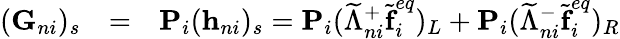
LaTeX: \begin{array}{r}{\begin{array}{lcl}{(\textbf{G}_{ni})_{s}}&{=}&{\textbf{P}_{i}(\textbf{h}_{ni})_{s}=\textbf{P}_{i}(\widetilde{\Lambda}_{ni}^{+}\widetilde{\textbf{f}}_{i}^{eq})_{L}+\textbf{P}_{i}(\widetilde{\Lambda}_{ni}^{-}\widetilde{\textbf{f}}_{i}^{eq})_{R}}\end{array}}\end{array}